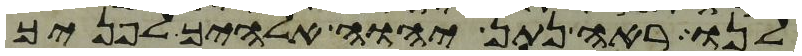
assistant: לנו ראה נתן יהוה אלהיך לפניך